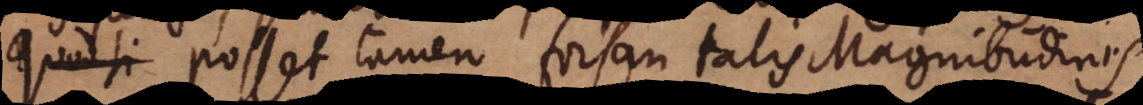
s. Posset tamen forsan talis Magnitudinis